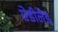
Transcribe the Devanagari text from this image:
ऐडीलैड